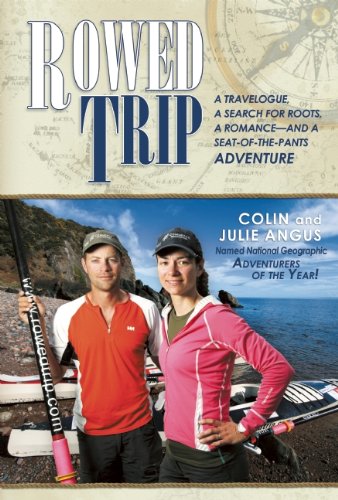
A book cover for Rowed Trip: A Journey by Oar from Scotland to Syria; Colin Angus; Travel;